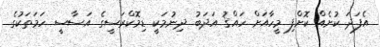
އެފަދަ ކުށެއް ކޮށްފި މީހާއަށް ހައްޤު އަދަބު ދިނުމަކީ ޑިމޮކްރަސީގެ އަސާސީ ހަމަތަކުގެ